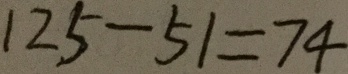
1 2 5 - 5 1 = 7 4